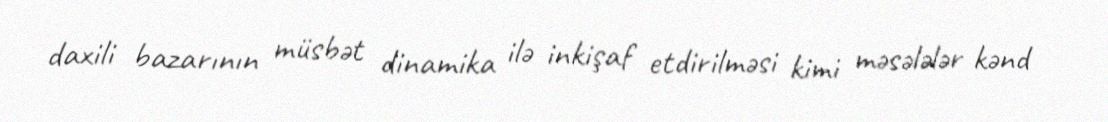
daxili bazarının müsbət dinamika ilə inkişaf etdirilməsi kimi məsələlər kənd